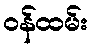
ဝန်ထမ်း